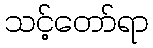
သင့်တော်ရာ